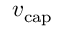
\ensuremath { v _ { \mathrm { c a p } } }